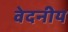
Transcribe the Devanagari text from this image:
वेदनीय